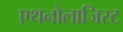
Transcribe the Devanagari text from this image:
एथनोलाजिस्ट